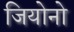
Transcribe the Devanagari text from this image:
जियोनो